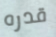
قدره